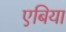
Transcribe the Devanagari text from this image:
एबिया